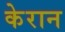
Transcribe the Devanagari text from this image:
केरान